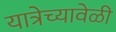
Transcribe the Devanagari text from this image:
यात्रेच्यावेळी